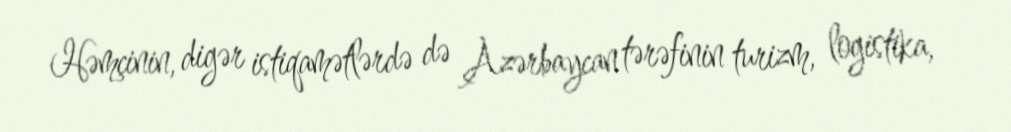
Həmçinin, digər istiqamətlərdə də Azərbaycan tərəfinin turizm, logistika,